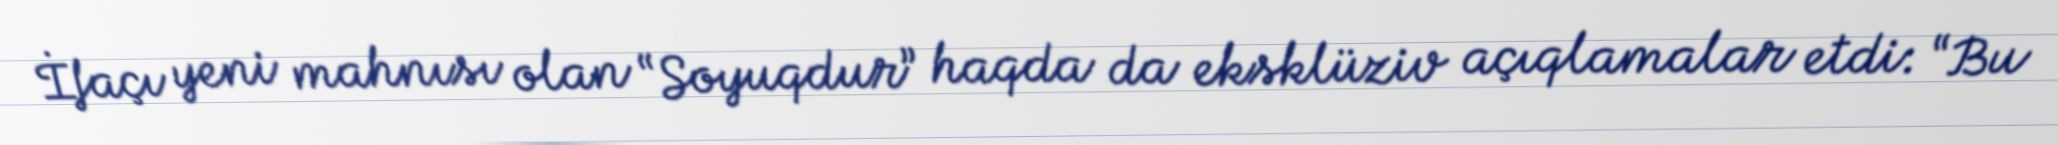
İfaçı yeni mahnısı olan “Soyuqdur” haqda da eksklüziv açıqlamalar etdi: “Bu